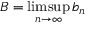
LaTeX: B = \operatorname* { l i m s u p } _ { n \to \infty } b _ { n }